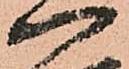
一